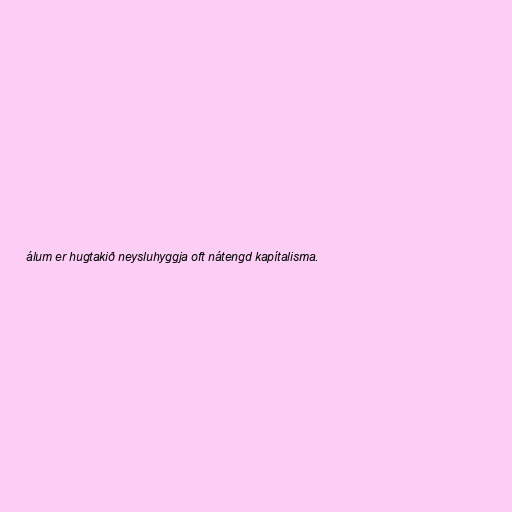
álum er hugtakið neysluhyggja oft nátengd kapítalisma.